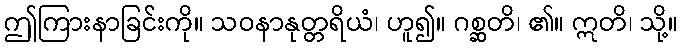
ဤကြားနာခြင်းကို။ သဝနာနုတ္တရိယံ၊ ဟူ၍။ ဂစ္ဆတိ၊ ၏။ ဣတိ၊ သို့။